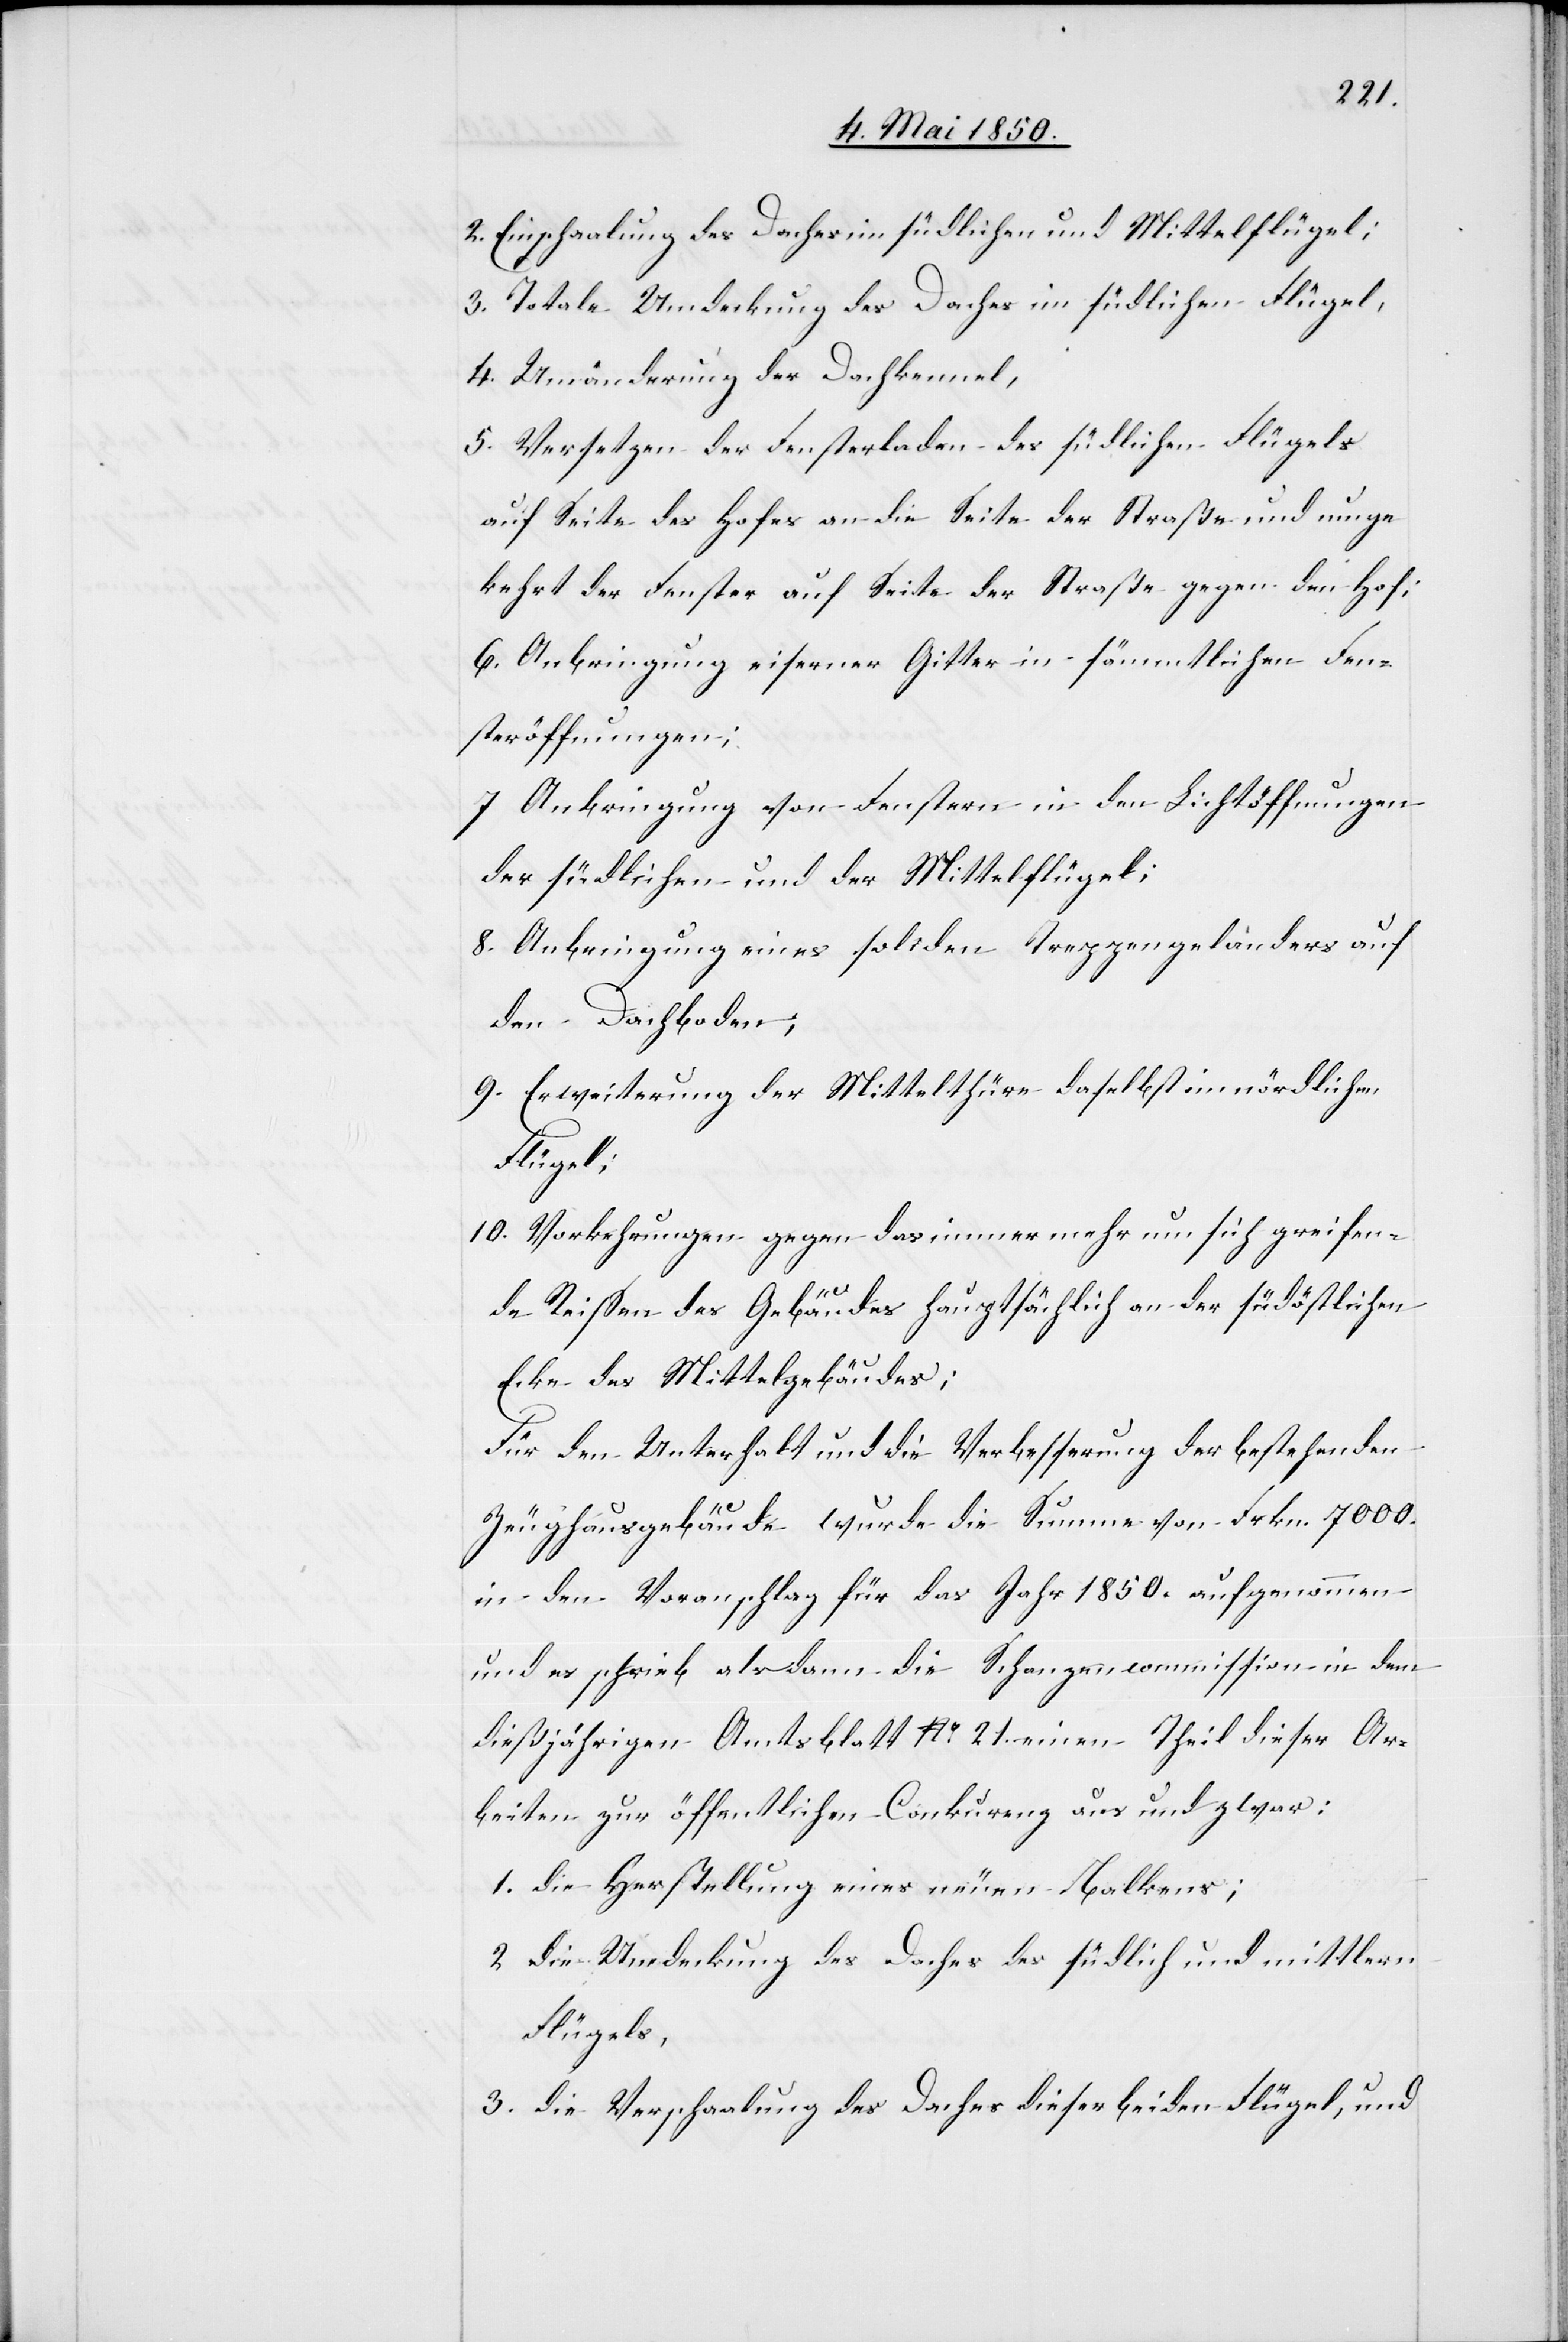
2. Einschaalung des Daches im südlichen und Mittelflügel;
3.
Totale Umdeckung des Daches im südlichen Flügel,
4. Umänderung der Dachkennel,
5. Versetzen der Fensterladen des südlichen Flügels
auf Seite des Hofes an die Seite der Straße und umge¬
kehrt der Fenster auf Seite der Straße gegen den Hof;
6. Anbringung eiserner Gitter in sämmtlichen Fen¬
steröffnungen;
7 Anbringung von Fenstern in den Lichtöffnungen
der südlichen und der Mittelflügel;
8. Anbringung eines soliden Treppengeländers auf
den Dachboden;
9. Erweiterung der Mittelthüre daselbst im nördlichen
Flügel;
10. Vorkehrungen gegen das immer mehr um sich greifen¬
de Reissen des Gebäudes hauptsächlich an der südöstlichen
Ecke des Mittelgebäudes;
Für den Unterhalt und die Verbesserung der bestehenden
Zeughausgebäude wurde die Summe von Frkn. 7000.
in den Voranschlag für das Jahr 1850. aufgenommen
und es schrieb alsdann die Schanzencommission in dem
dießjährigen Amtsblatt No. 21. einen Theil dieser Ar¬
beiten zur öffentlichen Conkurenz aus und zwar:
1. die Herstellung eines neuen Balkens;
2 die Umdeckung des Daches des südlich und mittlern
Flügels,
3. die Verschaalung des Daches dieser beiden Flügel, und